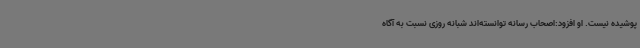
پوشیده نیست. او افزود:اصحاب رسانه توانسته‌اند شبانه روزی نسبت به آگاه